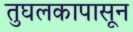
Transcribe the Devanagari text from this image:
तुघलकापासून